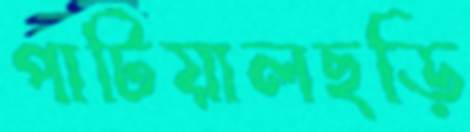
পাটিয়ালছড়ি